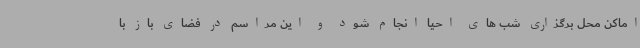
اماکن محل برگزاری شب های احیا انجام شود و این مراسم در فضای باز با